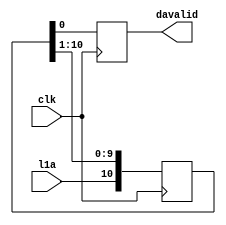
// This  Verilog HDL  source  file was  automatically generated
// by C++ model based on VPP library. Modification of this file
// is possible, but if you want to keep it in sync with the C++
// model,  please  modify  the model and re-generate this file.
// VPP library web-page: http://www.phys.ufl.edu/~madorsky/vpp/

// Timestamp : Tue Apr 19 16:44:52 2022

module davgen
(
    l1a,
    davalid,
    clk
);

    input l1a;
    output davalid;
    reg    davalid;
    input clk;

    reg [10:0] l1a_sh;
    always @(posedge clk) 
    begin
        davalid = l1a_sh[0];
        l1a_sh = {l1a, l1a_sh[10:1]};
    end
endmodule